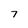
Character: 7